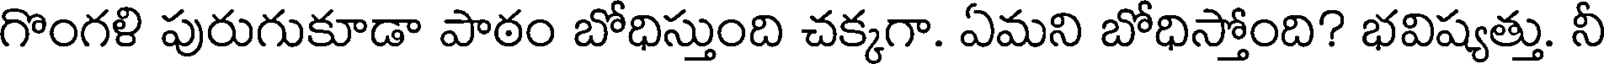
గొంగళి పురుగుకూడా పాఠం బోధిస్తుంది చక్కగా. ఏమని బోధిస్తోంది? భవిష్యత్తు. నీ